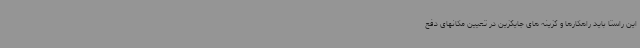
این راستا باید راهکارها و گزینه های جایگزین در تعیین مکانهای دفع